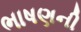
ભાષણની